Punjab Mental Hospital Lahore 1922-31 - 1922-1931
Year: 1922
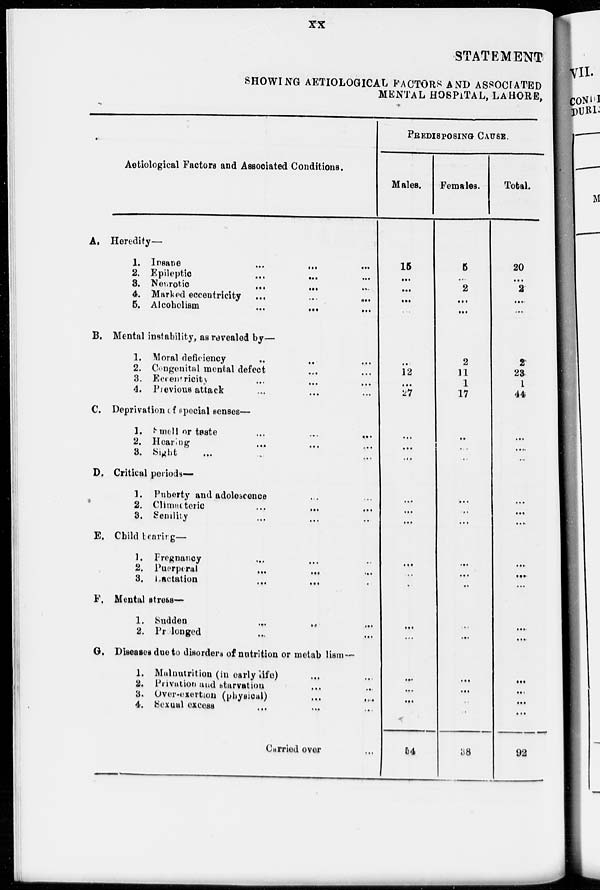
xx
STATEMENT
SHOWING AETIOLOGICAL FACTORS AND ASSOCIATED
MENTAL HOSPITAL, LAHORE,
Aetiological Factors and Associated Conditions.
A.
B.
C.
D.
E.
F.
G.
Heredity—
1. Insane
...
...
...
2. Epileptic ... ... ...
3. Neurotic
...
...
...
4. Marked eccentricity
...
...
...
5. Alcoholism
...
...
...
Mental instability, as revealed by—
1. Moral deficiency ... ... ...
2. Congenital mental defect ... ...
3. Eccentricity ... ... ...
4. Previous attack ... ... ...
Deprivation of special senses—
1. Smell or taste ... ... ...
2. Hearing ... ... ...
3. Sight ... ... ... ...
Critical periods—
1. Puberty and adolescence ... ...
2. Climacteric ... ... ...
3. Semlity ... ... ...
Child bearing—
1. Pregnancy ... ... ...
2. Puerperal ... ... ...
3. Lactation ... ... ...
Mental stress—
1. Sudden ... ... ...
2. Prolonged ... ... ...
Diseases due to disorders of nutrition or metabolism —
1. Malnutrition (in early life) ... ...
2. Privation and starvation ... ...
3. Over-exertion (physical) ... ...
4. Sexual excess ... ... ...
Carried over ...
PREDISPOSING CAUSE.
Males.
15
...
...
...
...
...
12
...
27
...
...
...
...
...
...
...
...
...
...
...
...
...
...
54
Females.
5
...
2
...
...
2
11
1
17
...
...
...
...
...
...
...
...
...
....
...
...
...
...
38
Total.
20
...
2
...
...
2
23
1
44
...
....
...
...
...
...
...
...
...
...
...
...
...
...
92